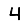
Digit: 4